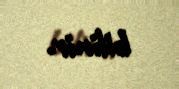
bilinir.